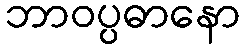
ဘာဝပ္ပဓာနော